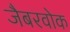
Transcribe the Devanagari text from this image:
जैबरवोक